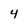
Character: 4